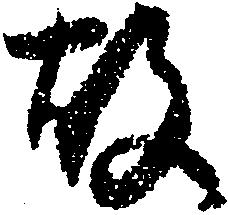
故